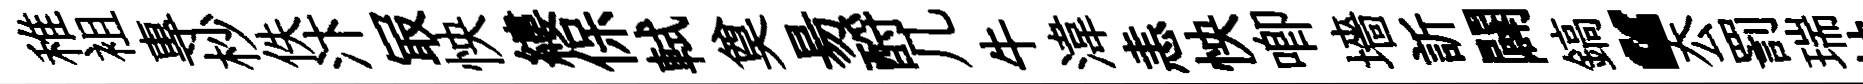
稚袓專杪佚汴冣怏縷保軾奠昜酹几牛湋恚怏唧墻訢闢鎬“厺罰瑞怏